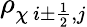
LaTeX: \rho_{\chi\ i\pm\frac{1}{2},j}